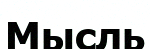
Мысль